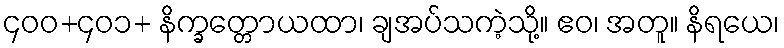
၄၀၀+၄၀၁+ နိက္ခတ္တောယထာ၊ ချအပ်သကဲ့သို့။ ဧဝ၊ အတူ။ နိရယေ၊